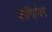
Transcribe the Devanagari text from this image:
ब्लॉगांवर